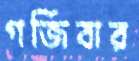
গর্জিবার